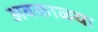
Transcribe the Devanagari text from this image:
अवकाळ्या